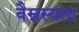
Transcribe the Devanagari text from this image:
वैम्नस्यता